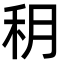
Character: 䄴